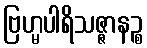
ဗြဟ္မပါရိသဇ္ဇာနဉ္စ